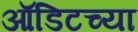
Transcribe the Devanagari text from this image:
ऑडिटच्या